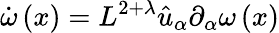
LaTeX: \dot{\omega}\left(x\right)=L^{2+\lambda}\hat{u}_{\alpha}\partial_{\alpha}\omega\left(x\right)